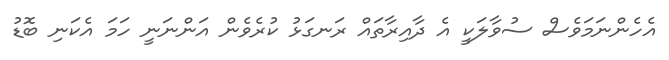
އެހެންނަމަވެސް ސުވާލަކީ އެ ދާއިރާތައް ރަނގަޅު ކުރެވެން އަންނަނީ ހަމަ އެކަނި ބޮޑު